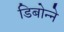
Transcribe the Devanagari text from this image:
डिबोन्ने